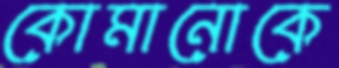
কোমানোকে